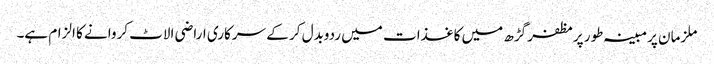
ملزمان پرمبینہ طور پرمظفر گڑھ میں کاغذات میں ردوبدل کر کے سرکاری اراضی الاٹ کروانے کا الزام ہے۔